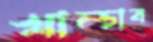
খাম্‌চাব